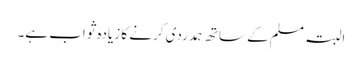
البتہ مسلم کے ساتھ ہمدردی کرنے کا زیادہ ثواب ہے۔